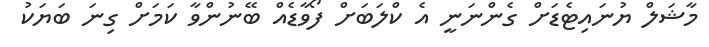
މާޝަލް ޔުނައިޓެޑަށް ގެންނަނީ އެ ކްލަބަށް ފޯވާޑެއް ބޭނުންވާ ކަމަށް ގިނަ ބަޔަކު